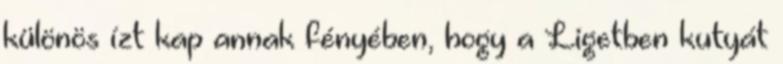
különös ízt kap annak fényében, hogy a Ligetben kutyát